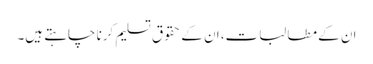
ان کے مطالبات، ان کے حقوق تسلیم کرنا چاہتے ہیں۔